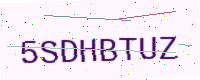
Text: 5SDHBTUZ